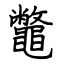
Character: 鼈